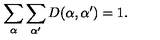
\sum _ { \alpha } \sum _ { \alpha ^ { \prime } } D ( \alpha , \alpha ^ { \prime } ) = 1 .